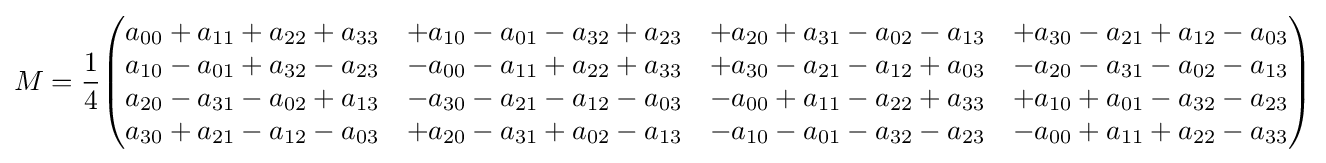
M={\frac {1}{4}}{\begin{pmatrix}a_{00}+a_{11}+a_{22}+a_{33}&+a_{10}-a_{01}-a_{32}+a_{23}&+a_{20}+a_{31}-a_{02}-a_{13}&+a_{30}-a_{21}+a_{12}-a_{03}\\a_{10}-a_{01}+a_{32}-a_{23}&-a_{00}-a_{11}+a_{22}+a_{33}&+a_{30}-a_{21}-a_{12}+a_{03}&-a_{20}-a_{31}-a_{02}-a_{13}\\a_{20}-a_{31}-a_{02}+a_{13}&-a_{30}-a_{21}-a_{12}-a_{03}&-a_{00}+a_{11}-a_{22}+a_{33}&+a_{10}+a_{01}-a_{32}-a_{23}\\a_{30}+a_{21}-a_{12}-a_{03}&+a_{20}-a_{31}+a_{02}-a_{13}&-a_{10}-a_{01}-a_{32}-a_{23}&-a_{00}+a_{11}+a_{22}-a_{33}\end{pmatrix}}